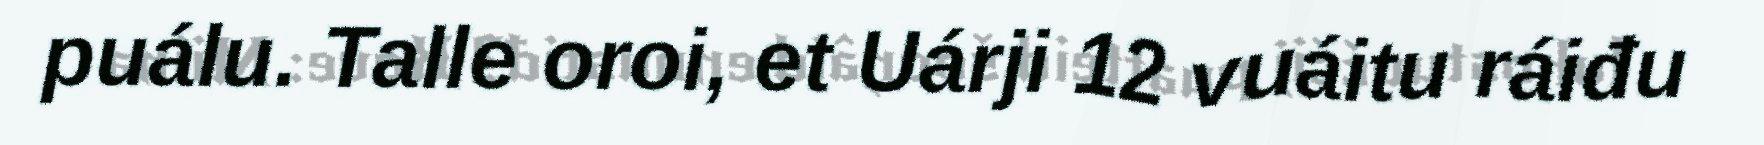
puálu. Talle oroi, et Uárji 12 vuáitu ráiđu